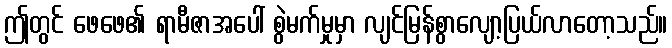
ဤတွင် ဖေဖေ၏ ရာမီဇာအပေါ် စွဲမက်မှုမှာ လျင်မြန်စွာလျော့ပြယ်လာတော့သည်။